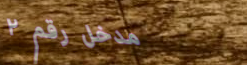
مدخل رقم ٢